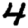
Digit: 4